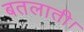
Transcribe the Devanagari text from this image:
बतलाती।